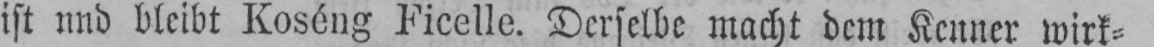
ist und bleibt Koséng Ficelle. Derselbe macht dem Kenner wirk⸗